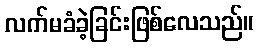
လက်မခံခဲ့ခြင်းဖြစ်လေသည်။